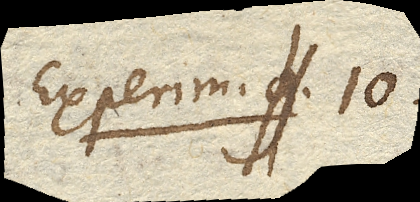
Experim. _. 10.